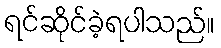
ရင်ဆိုင်ခဲ့ရပါသည်။